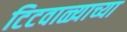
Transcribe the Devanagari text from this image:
टिटवाळ्याच्या